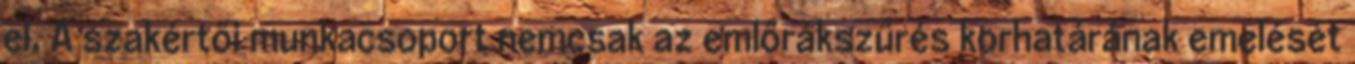
el. A szakértői munkacsoport nemcsak az emlőrákszűrés korhatárának emelését